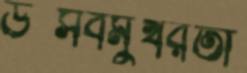
উত্সবমুখরতা